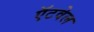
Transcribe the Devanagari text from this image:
ऍटवेल